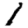
Digit: 1